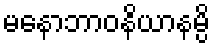
မနောဘာဝနိယာနမ္ပိ